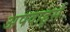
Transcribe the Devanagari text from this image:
अपवार्ड्स